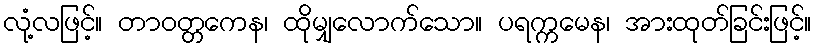
လုံ့လဖြင့်။ တာဝတ္တကေန၊ ထိုမျှလောက်သော။ ပရက္ကမေန၊ အားထုတ်ခြင်းဖြင့်။